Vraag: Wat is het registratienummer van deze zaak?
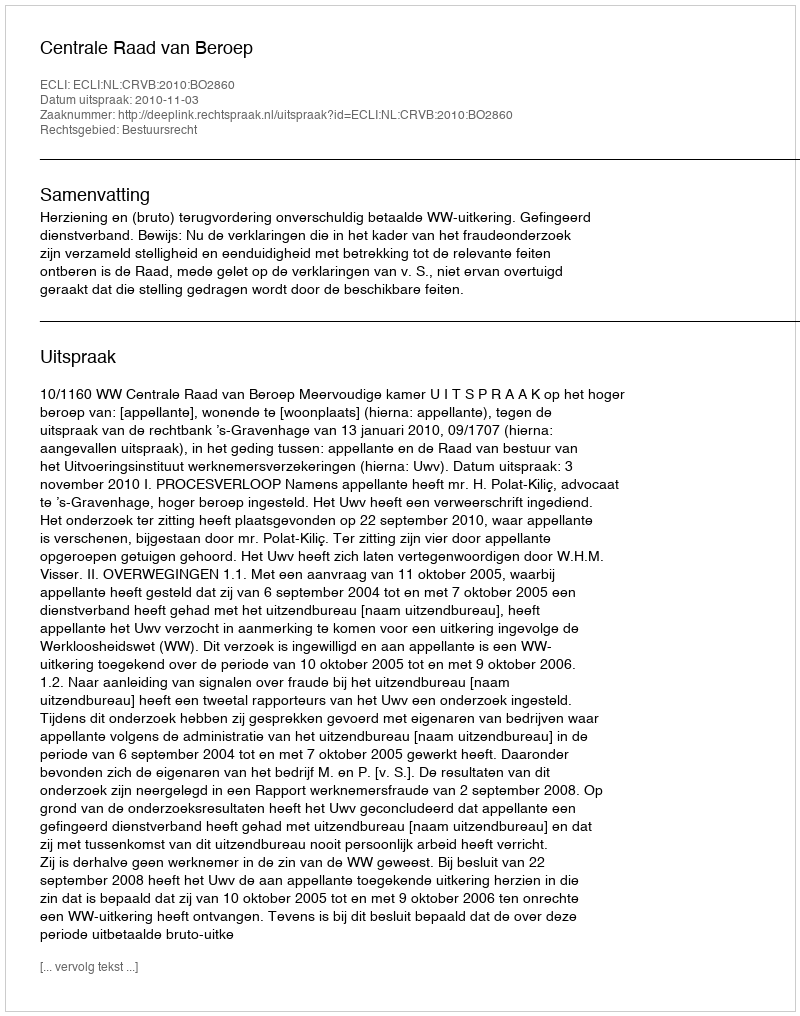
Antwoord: http://deeplink.rechtspraak.nl/uitspraak?id=ECLI:NL:CRVB:2010:BO2860